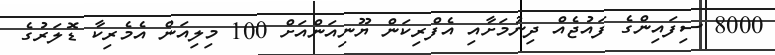
8000 ސިފައިންގެ ފައުޖެއް ދިނުމަށާއި އެފްރިކަން ޔޫނިއަންއަށް 100 މިލިއަން އެމެރިކާ ޑޮލަރުގެ